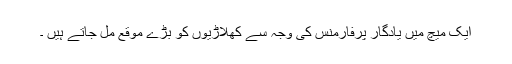
ایک میچ میں یادگار پرفارمنس کی وجہ سے کھلاڑیوں کو بڑے موقع مل جاتے ہیں ۔